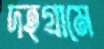
দহগ্রামে